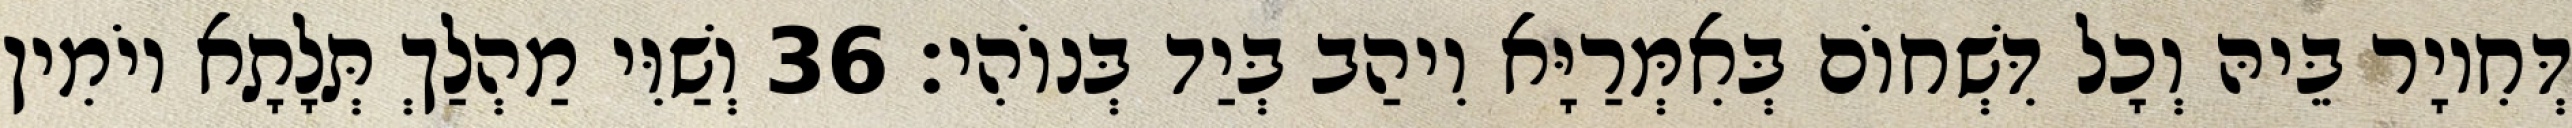
דְּחִיוָר בֵּיהּ וְכָל דִּשְׁחוֹם בְּאִמְּרַיָּא וִיהַב בְּיַד בְּנוֹהִי׃ 36 וְשַׁוִּי מַהְלַךְ תְּלָתָא יוֹמִין